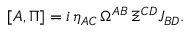
[ A , \Pi ] = i \, \eta _ { A C } \, \Omega ^ { A B } \, \Xi ^ { C D } J _ { B D } .